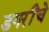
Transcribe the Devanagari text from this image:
डगरींचे